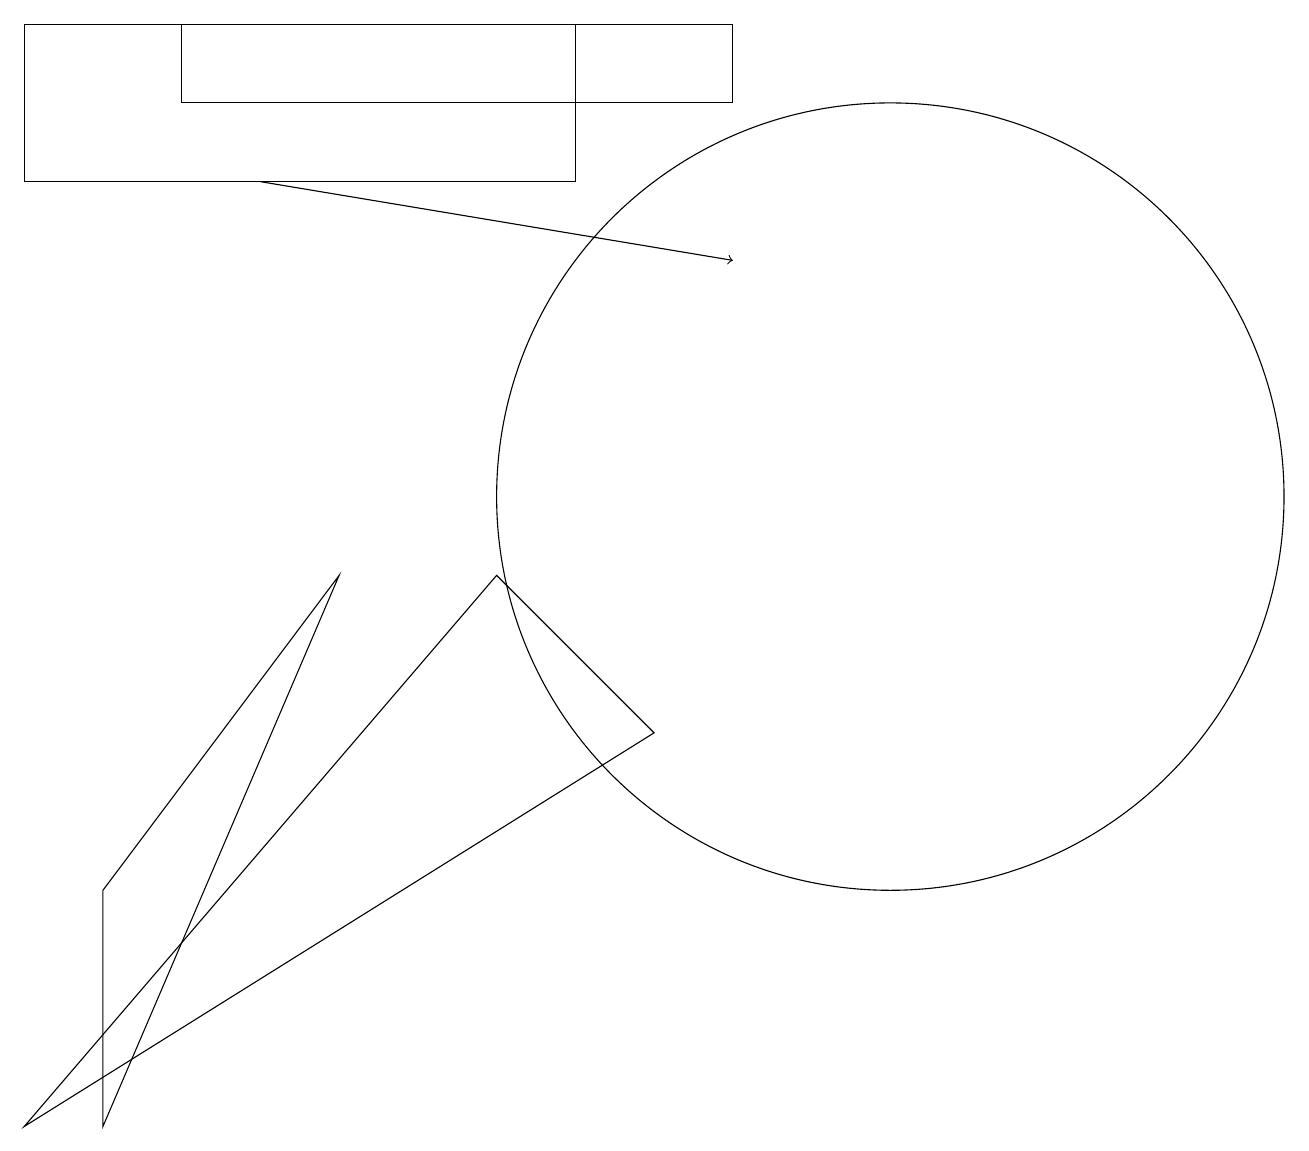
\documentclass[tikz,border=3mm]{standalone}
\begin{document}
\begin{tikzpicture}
\draw[->] (3,14) -- (9,13);
\draw (0,2) -- (6,9) -- (8,7) -- cycle;
\draw (2,15) rectangle (9,16);
\draw (0,14) rectangle (7,16);
\draw (11,10) circle (5);
\draw (1,5) -- (1,2) -- (4,9) -- cycle;
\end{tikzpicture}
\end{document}